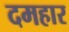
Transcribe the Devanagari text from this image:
दमहार